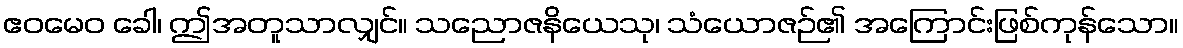
ဧဝမေဝ ခေါ၊ ဤအတူသာလျှင်။ သညောဇနိယေသု၊ သံယောဇဉ်၏ အကြောင်းဖြစ်ကုန်သော။